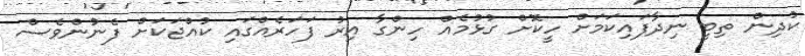
ކުދިން ތިބީ ނިދާފައިކަމަށް ހީކޮށް ގުޅުމެއް ހިންގާ އިރު ފަހަރެއްގައި ކުއްޖަކަށް ފެނުންވެސް